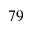
^ { 7 9 }